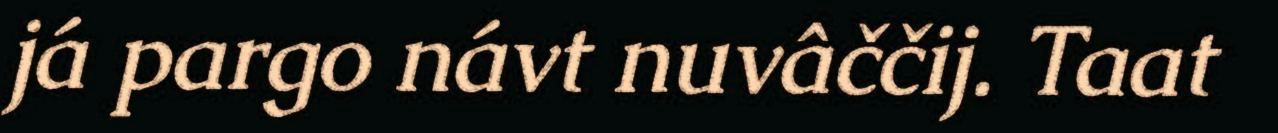
já pargo návt nuvâččij. Taat